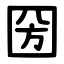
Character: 圀